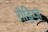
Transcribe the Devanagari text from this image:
रौड्रिग्ज